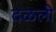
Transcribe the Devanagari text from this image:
दळली